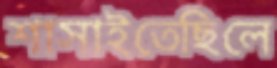
শাসাইতেছিলে